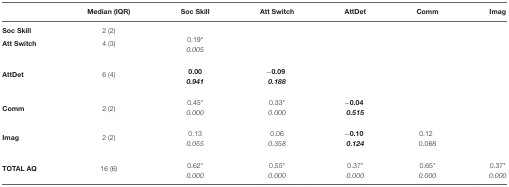
|  | Median (IQR) | Soc Skill | Att Switch | AttDet | Comm | Imag |
 | --- | --- | --- | --- | --- | --- | --- |
 | Soc Skill | 2 (2) |
 | Att Switch | 4 (3) | 0.19*0.005 |
 | AttDet | 6 (4) | 0.000.941 | −0.090.188 |
 | Comm | 2 (2) | 0.45*0.000 | 0.33*0.000 | −0.040.515 |
 | Imag | 2 (2) | 0.130.055 | 0.060.358 | −0.100.124 | 0.120.068 |
 | TOTAL AQ | 16 (6) | 0.62*0.000 | 0.55*0.000 | 0.37*0.000 | 0.65*0.000 | 0.37*0.000 |